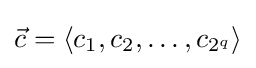
{\vec {c}}=\langle c_{1},c_{2},\ldots ,c_{2^{q}}\rangle